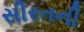
સીરતની